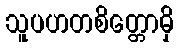
သူပဟတစိတ္တောမှိ